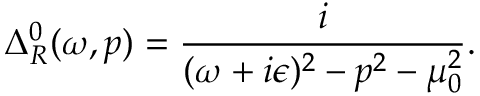
\Delta _ { R } ^ { 0 } ( \omega , p ) = \frac { i } { ( \omega + i \epsilon ) ^ { 2 } - p ^ { 2 } - \mu _ { 0 } ^ { 2 } } .